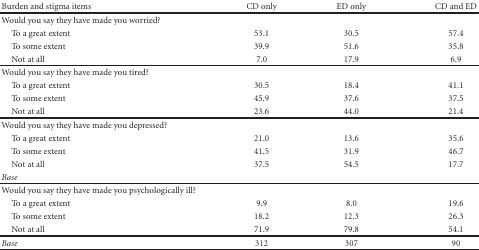
| Burden and stigma items | CD only | ED only | CD and ED |
 | --- | --- | --- | --- |
 | Would you say they have made you worried? |  |  |  |
 | To a great extent | 53.1 | 30.5 | 57.4 |
 | To some extent | 39.9 | 51.6 | 35.8 |
 | Not at all | 7.0 | 17.9 | 6.9 |
 | Would you say they have made you tired? |  |  |  |
 | To a great extent | 30.5 | 18.4 | 41.1 |
 | To some extent | 45.9 | 37.6 | 37.5 |
 | Not at all | 23.6 | 44.0 | 21.4 |
 | Would you say they have made you depressed? |  |  |  |
 | To a great extent | 21.0 | 13.6 | 35.6 |
 | To some extent | 41.5 | 31.9 | 46.7 |
 | Not at all | 37.5 | 54.5 | 17.7 |
 | Base |  |  |  |
 | Would you say they have made you psychologically ill? |  |  |  |
 | To a great extent | 9.9 | 8.0 | 19.6 |
 | To some extent | 18.2 | 12.3 | 26.3 |
 | Not at all | 71.9 | 79.8 | 54.1 |
 | Base | 312 | 307 | 90 |